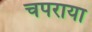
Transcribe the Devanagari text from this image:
चपराया